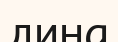
дина